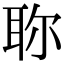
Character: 𦕗